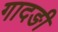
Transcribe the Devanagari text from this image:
गादङी